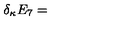
\delta _ { \kappa } E _ { 7 } =